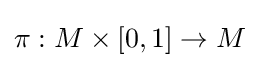
\pi :M\times [0,1]\to M